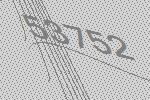
53752